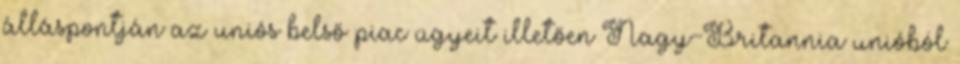
álláspontján az uniós belső piac ügyeit illetően Nagy-Britannia unióból